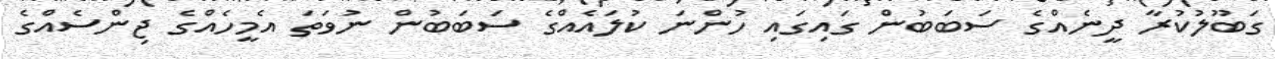
ގަބޫލުކުރާ ދީނެއްގެ ސަބަބުން ގައިގައި ހުންނަ ކުލައެއްގެ ސަބަބުން ނުވަަތަ އެމީހެއްގެ ޖިންސެއްގެ